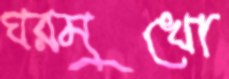
ঘরমুখো